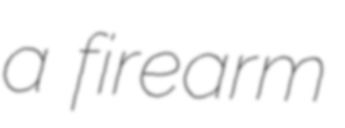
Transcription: a firearm